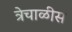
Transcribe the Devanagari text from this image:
त्रेचाळीस